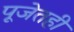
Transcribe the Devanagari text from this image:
पूजेतही